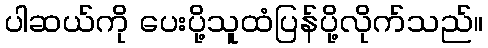
ပါဆယ်ကို ပေးပို့သူထံပြန်ပို့လိုက်သည်။